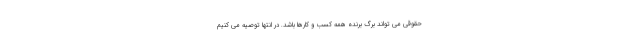
حقوقی می تواند برگ برنده همه کسب و کارها باشد. در انتها توصیه می کنیم